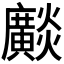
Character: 𤒼